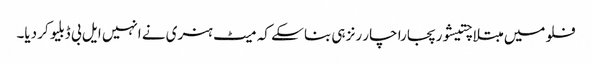
فلو میں مبتلا چتیشور پجارا چار رنز ہی بنا سکے کہ میٹ ہنری نے انہیں ایل بی ڈبلیو کر دیا۔